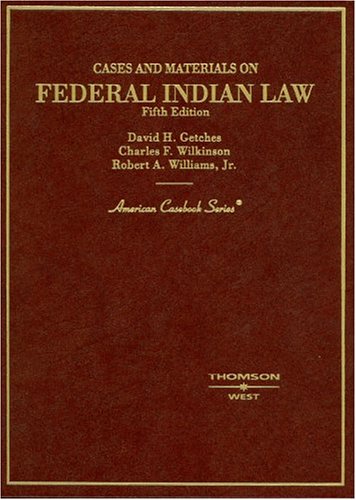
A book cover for Cases and Materials on Federal Indian Law (American Casebooks); David H. Getches; Law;